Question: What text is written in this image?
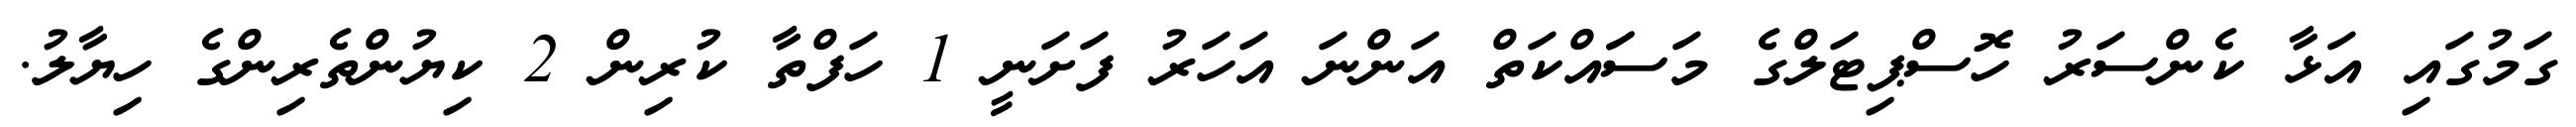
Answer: ގަމުގައި އަޅާ ކެންސަރު ހޮސްޕިޓަލްގެ މަސަައްކަތް އަންނަ އަހަރު ފަށަނީ 1 ހަފްތާ ކުރިން 2 ކިޔުންތެރިންގެ ހިޔާލު.